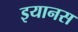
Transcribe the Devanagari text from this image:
इयानस